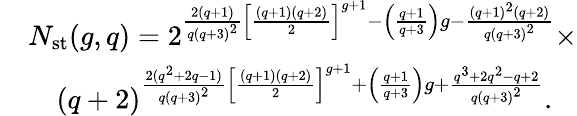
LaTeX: \begin{array}{rl}&{N_{\mathrm{st}}(g,q)=2^{\frac{2(q+1)}{q{(q+3)}^{2}}{\left[\frac{(q+1)(q+2)}{2}\right]}^{g+1}-\left(\frac{q+1}{q+3}\right)g-\frac{{(q+1)}^{2}(q+2)}{{q(q+3)}^{2}}}\times}\\ &{\quad{(q+2)}^{\frac{2(q^{2}+2q-1)}{q{(q+3)}^{2}}{\left[\frac{(q+1)(q+2)}{2}\right]}^{g+1}+\left(\frac{q+1}{q+3}\right)g+\frac{q^{3}+2q^{2}-q+2}{{q(q+3)}^{2}}}.}\end{array}